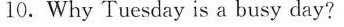
10.Why Tuesday is a busy day?